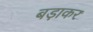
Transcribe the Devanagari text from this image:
बड़ाकर